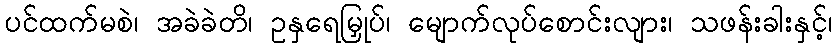
ပင်ထက်မစဲ၊ အခဲခဲတိ၊ ဥနှရေမြှုပ်၊ မျောက်လုပ်စောင်းလျား၊ သဖန်းခါးနှင့်၊